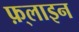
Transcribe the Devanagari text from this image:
फ़्लाइन